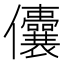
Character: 儾